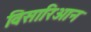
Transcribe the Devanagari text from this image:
विसारिओन